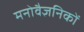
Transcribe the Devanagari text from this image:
मनोवैज्ञनिकों